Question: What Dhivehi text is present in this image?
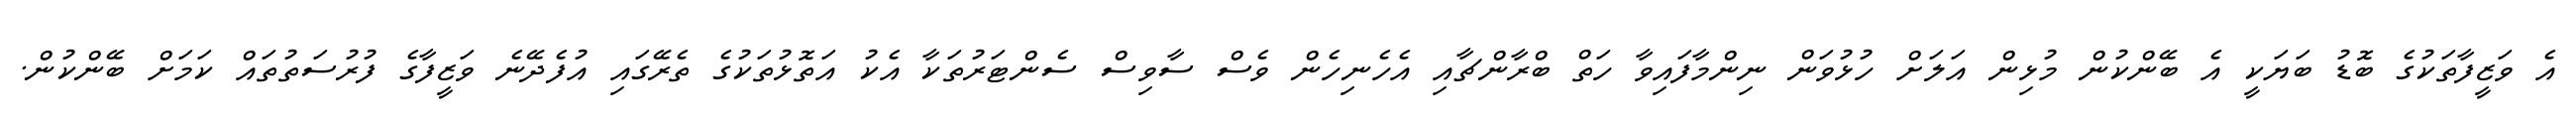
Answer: އެ ވަޒީފާތަކުގެ ބޮޑު ބަޔަކީ އެ ބޭންކުން މުޅިން އަލަށް ހުޅުވަން ނިންމާފައިވާ ހަތް ބްރާންޗާއި އެހެނިހެން ވެސް ސާވިސް ސެންޓަރުތަކާ އެކު އަތޮޅުތަކުގެ ތެރޭގައި އުފެދޭނެ ވަޒީފާގެ ފުރުސަތުތައް ކަމަށް ބޭންކުން.